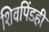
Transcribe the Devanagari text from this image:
शिवपिंडही